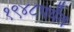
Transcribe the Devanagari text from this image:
१९४८पर्यंत